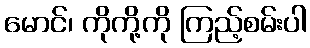
မောင်၊ ကိုကို့ကို ကြည့်စမ်းပါ